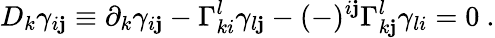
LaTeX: D_{k}\gamma_{i\mathbf{j}}\equiv\partial_{k}\gamma_{i\mathbf{j}}-\Gamma_{ki}^{l}\gamma_{l\mathbf{j}}-(-)^{i\mathbf{j}}\Gamma_{k\mathbf{j}}^{l}\gamma_{li}=0\ .